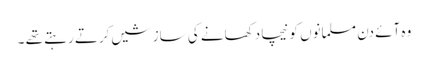
وہ آئے دن مسلمانوں کو نیچا دکھانے کی سازشیں کرتے رہتے تھے ۔